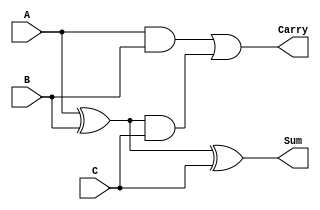
module CarrySaveAdder (
    input  [n-1:0] A,  // First operand
    input  [n-1:0] B,  // Second operand
    input  [n-1:0] C,  // Third operand
    output [n-1:0] Sum, // Final sum output
    output [n-1:0] Carry // Final carry output
);
    parameter n = 8; // Width of the operands (can be changed as needed)

    // Internal wires for partial sums and carries
    wire [n-1:0] partial_sum_AB;
    wire [n-1:0] partial_carry_AB;
    wire [n-1:0] partial_sum_ABC;
    wire [n-1:0] partial_carry_ABC;

    // Calculate partial sums and carries for A and B
    assign partial_sum_AB = A ^ B;        // Partial sum of A and B
    assign partial_carry_AB = A & B;      // Partial carry of A and B

    // Now add the third operand C using the partial results
    assign partial_sum_ABC = partial_sum_AB ^ C; // Partial sum of (A+B) and C
    assign partial_carry_ABC = partial_carry_AB | (partial_sum_AB & C); // Carry out

    // Final outputs
    assign Sum = partial_sum_ABC;         // Final sum output
    assign Carry = partial_carry_ABC;     // Final carry output

endmodule